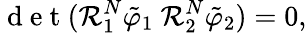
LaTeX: \mathrm{~d~e~t~}(\mathcal{R}_{1}^{N}\tilde{\varphi}_{1}~\mathcal{R}_{2}^{N}\tilde{\varphi}_{2})=0,